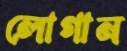
লোগান